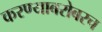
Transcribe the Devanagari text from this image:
करण्‍याबरोबरच